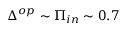
\Delta ^ { o p } \sim \Pi _ { i n } \sim 0 . 7